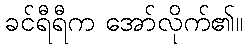
ခင်ရီရီက အော်လိုက်၏။